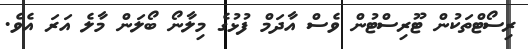
ރިސޯޓްތަކުން ޓޫރިސްޓުން ވެސް އާދަމް ފުޅުގެ މިލާނޯ ބޯލަން މާލެ އަރަ އެވެ.